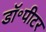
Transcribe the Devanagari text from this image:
डॉ॰पीटर